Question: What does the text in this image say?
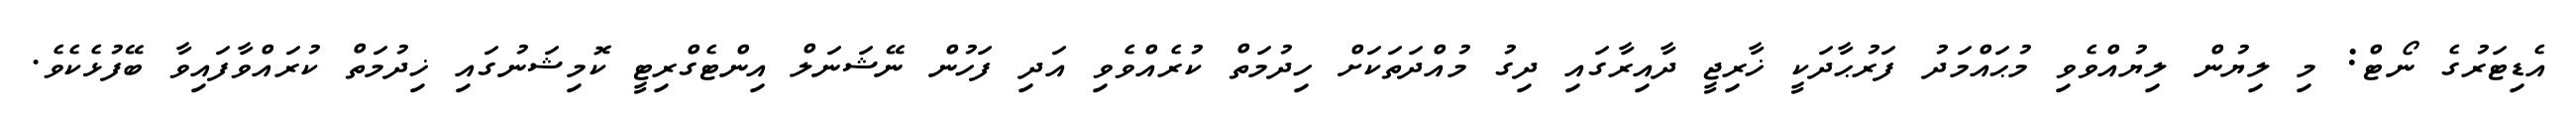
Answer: އެޑިޓަރުގެ ނޯޓް: މި ލިޔުން ލިޔުއްވެވި މުޙައްމަދު ފަރުޙާދަކީ ޚާރިޖީ ދާއިރާގައި ދިގު މުއްދަތަކަށް ހިދުމަތް ކުރެއްވެވި އަދި ފަހުން ނޭޝަނަލް އިންޓެގްރިޓީ ކޮމިޝަނުގައި ޚިދުމަތް ކުރައްވާފައިވާ ބޭފުޅެކެވެ.